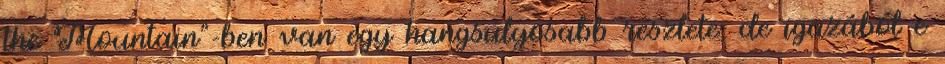
the Mountain"-ben van egy hangsúlyosabb részlete, de igazából e